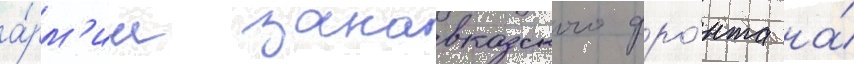
а́рм'ии закавказского фро́нта на́